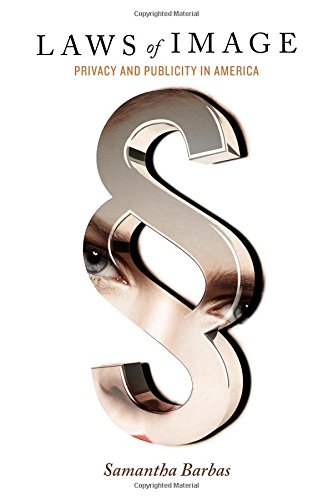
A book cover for Laws of Image: Privacy and Publicity in America; Samantha Barbas; Law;